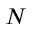
N